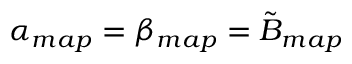
\alpha _ { m a p } = \beta _ { m a p } = \tilde { B } _ { m a p }